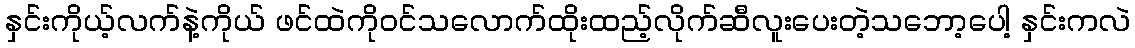
နှင်းကိုယ့်လက်နဲ့ကိုယ် ဖင်ထဲကိုဝင်သလောက်ထိုးထည့်လိုက်ဆီလူးပေးတဲ့သဘော့ပေါ့ နှင်းကလဲ